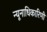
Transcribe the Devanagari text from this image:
न्यूनाधिकारिणी